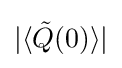
|\langle {\tilde {Q}}(0)\rangle |